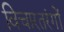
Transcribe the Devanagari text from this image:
विचारतरंगों